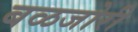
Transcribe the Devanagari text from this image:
बळजोरी